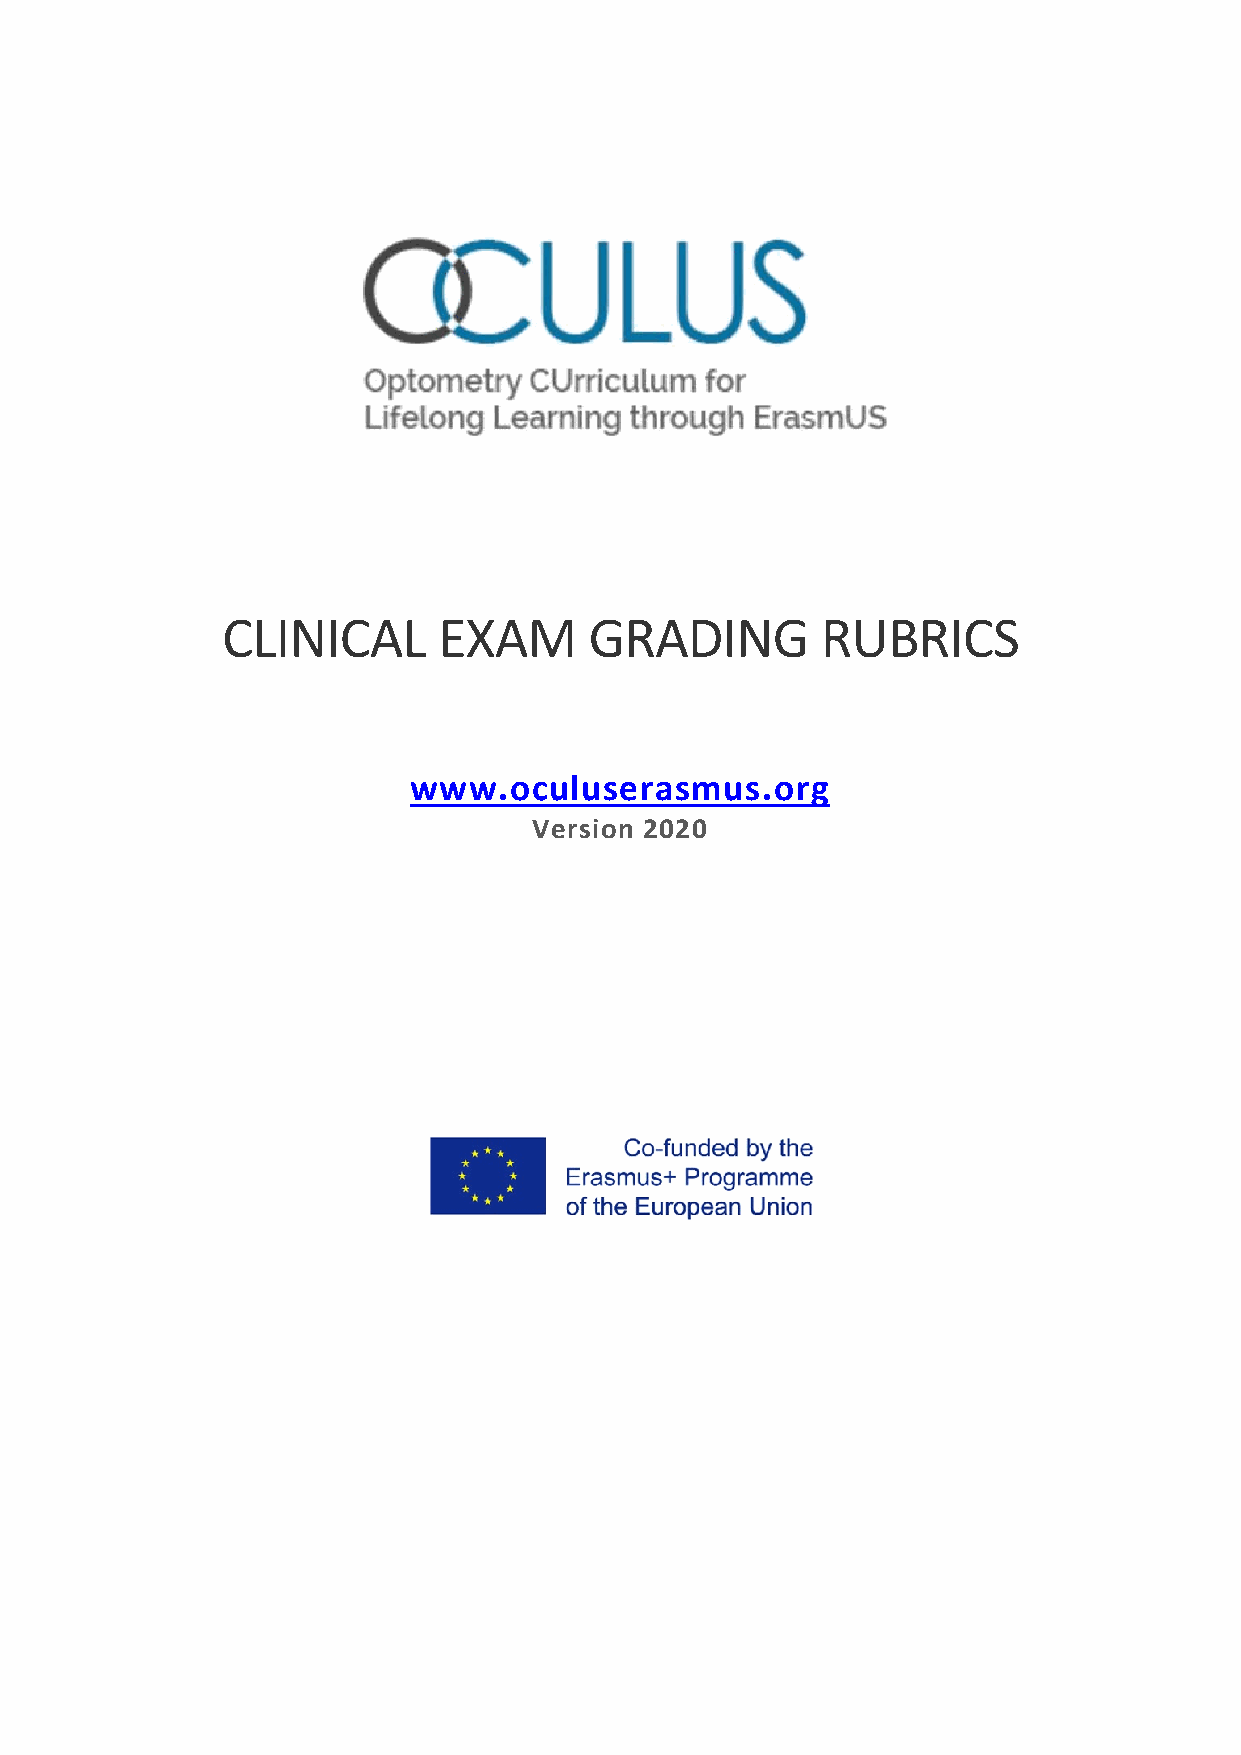
CLINICAL      EXAM      GRADING        RUBRICS
 www.oculuserasmus.org
 Version 2020